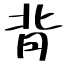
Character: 背